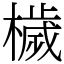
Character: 檅